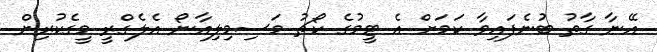
އޭނާ ގާތު ބުނެފައިވާ ކަމަށް އެ ޓީމުގެ ކޯޗު މަސިމިލިއާނޯ އެލެގްރީ މީގެކުރިން